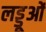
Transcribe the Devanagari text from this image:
लड्डूओं